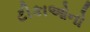
ટીકાઓનો